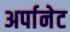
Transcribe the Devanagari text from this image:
अर्पानेट